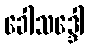
ခေါသဒ္ဒေါ